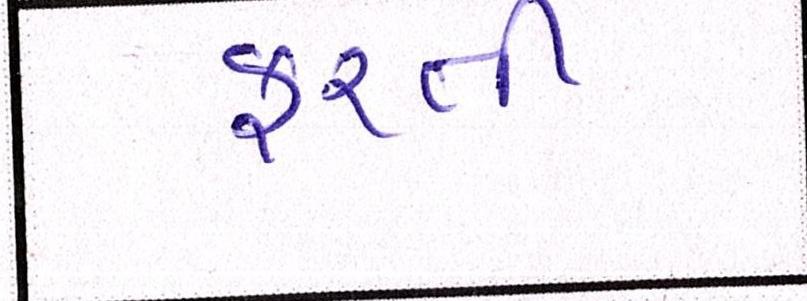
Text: ફરતી